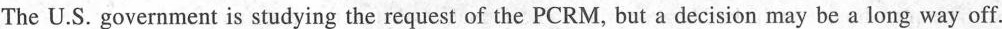
The U.S. Government is studying the request of the PCRM, but a decision may be a long way off.